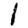
Digit: 1